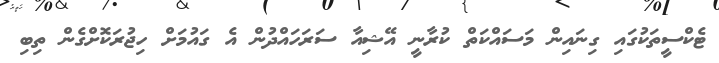
ޓެކްސީތަކުގައި ގިނައިން މަސައްކަތް ކުރާނީ އޭޝިއާ ސަރަހައްދުން އެ ގައުމަށް ހިޖުރަކޮށްގެން ތިބި